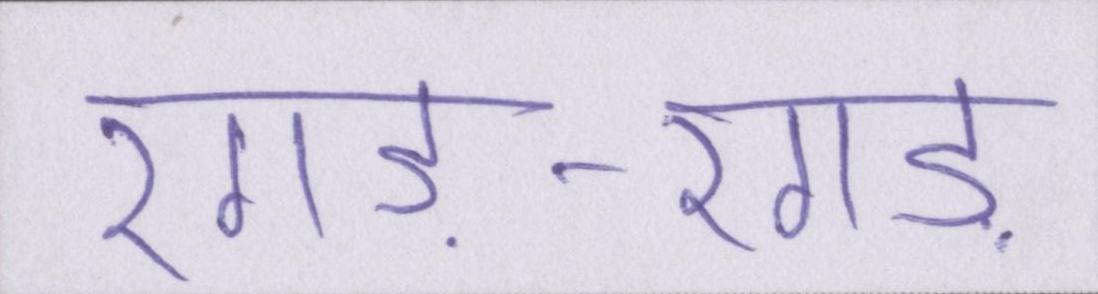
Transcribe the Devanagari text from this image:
रगड़-रगड़